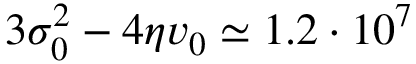
3 \sigma _ { 0 } ^ { 2 } - 4 \eta v _ { 0 } \simeq 1 . 2 \cdot 1 0 ^ { 7 }